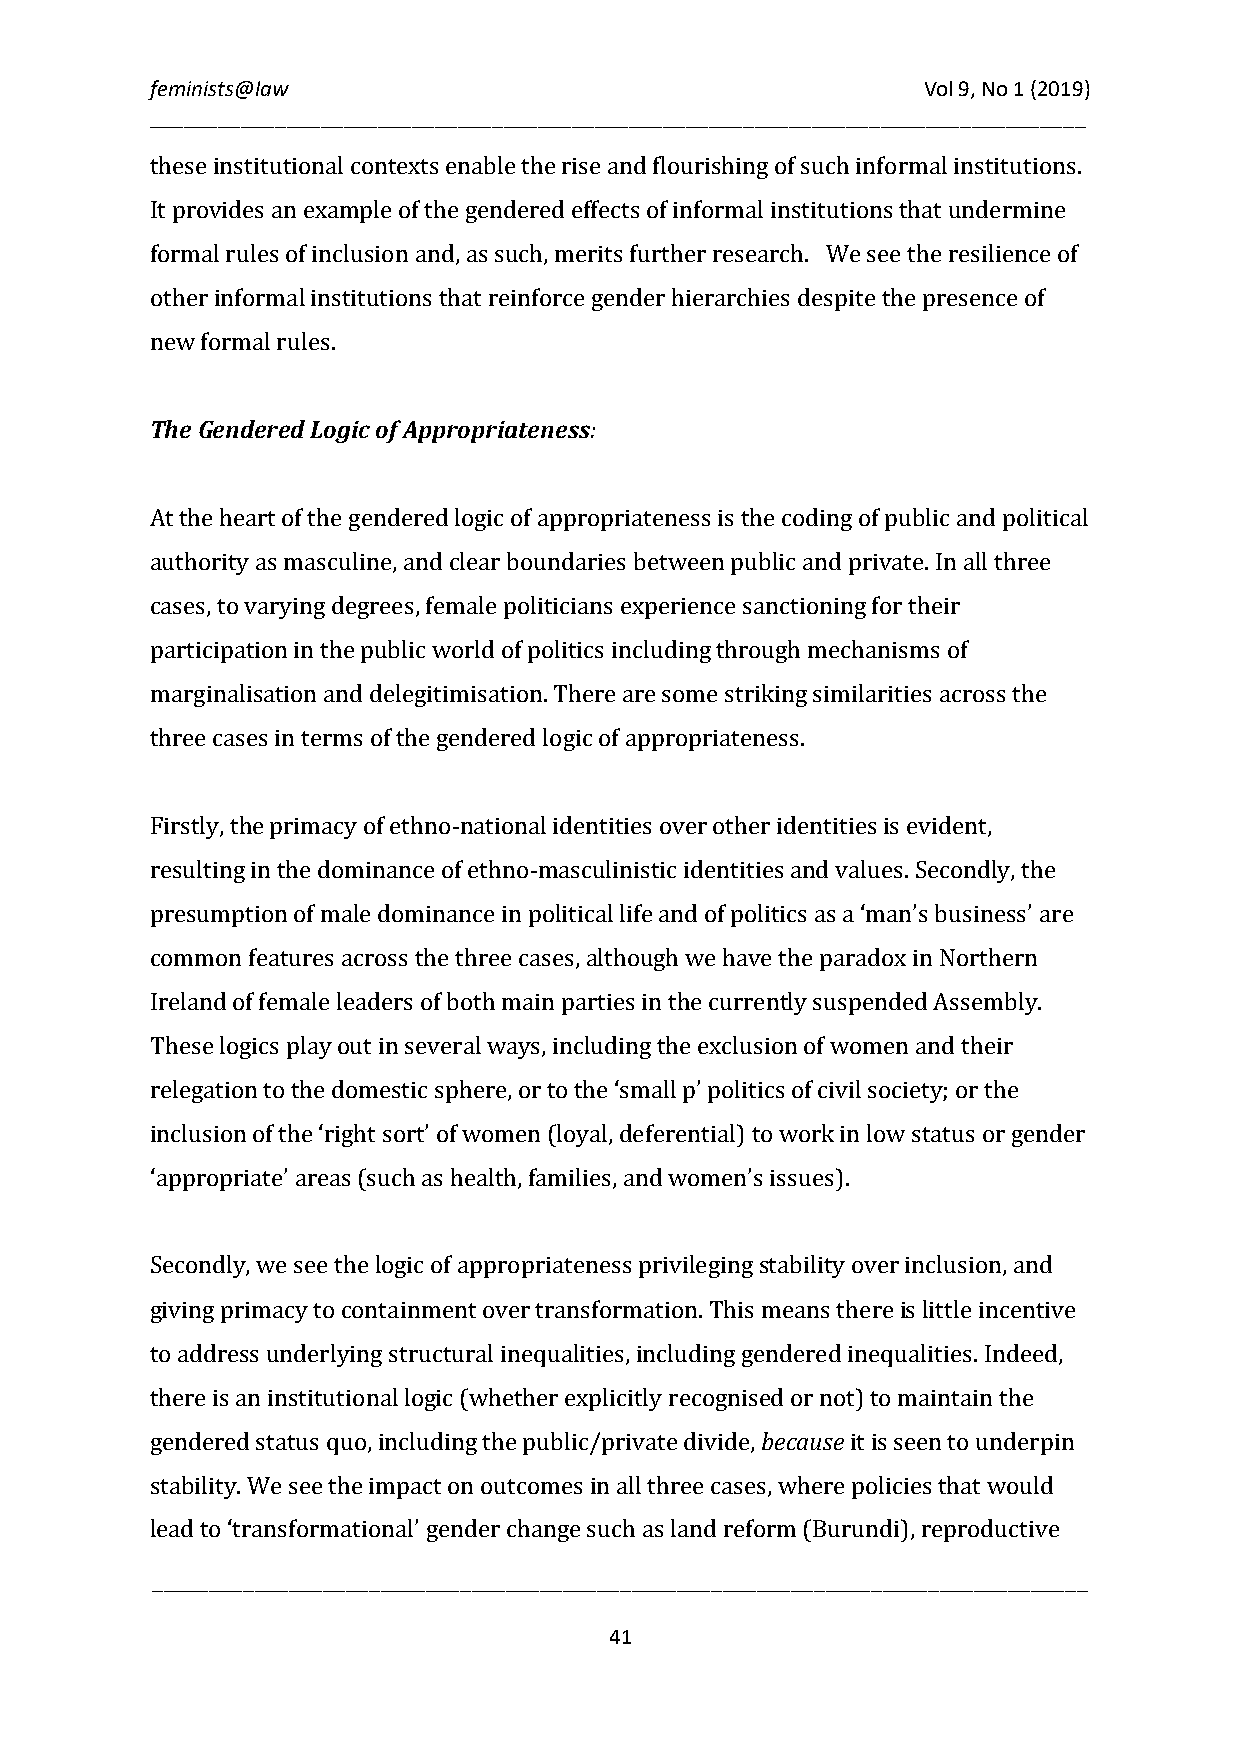
feminists@law                                      Vol 9, No 1 (2019)
 __________________________________________________________________________________
 these institutional contexts enable the rise and flourishing of such informal institutions.
 It provides an example of the gendered effects of informal institutions that undermine
 formal rules of inclusion and, as such, merits further research. We see the resilience of
 other informal institutions that reinforce gender hierarchies despite the presence of
 new formal rules.
 The Gendered Logic of Appropriateness:
 At the heart of the gendered logic of appropriateness is the coding of public and political
 authority as masculine, and clear boundaries between public and private. In all three
 cases, to varying degrees, female politicians experience sanctioning for their
 participation in the public world of politics including through mechanisms of
 marginalisation and delegitimisation. There are some striking similarities across the
 three cases in terms of the gendered logic of appropriateness.
 Firstly, the primacy of ethno-national identities over other identities is evident,
 resulting in the dominance of ethno-masculinistic identities and values. Secondly, the
 presumption of male dominance in political life and of politics as a ‘man’s business’ are
 common features across the three cases, although we have the paradox in Northern
 Ireland of female leaders of both main parties in the currently suspended Assembly.
 These logics play out in several ways, including the exclusion of women and their
 relegation to the domestic sphere, or to the ‘small p’ politics of civil society; or the
 inclusion of the ‘right sort’ of women (loyal, deferential) to work in low status or gender
 ‘appropriate’ areas (such as health, families, and women’s issues).
 Secondly, we see the logic of appropriateness privileging stability over inclusion, and
 giving primacy to containment over transformation. This means there is little incentive
 to address underlying structural inequalities, including gendered inequalities. Indeed,
 because
 there is an institutional logic (whether explicitly recognised or not) to maintain the
 gendered status quo, including the public/private divide, it is seen to underpin
 stability. We see the impact on outcomes in all three cases, where policies that would
 l_e_a_d_ _to__ ‘_tr_a_n__sf_o_r_m__a_t_io__n_a_l_’ g__e_n_d_e_r_ c_h__a_n_g_e_ _s_u_c_h_ a__s _l_a_n_d_ r_e_f_o_r_m__ (_B__u_r_u_n_d_i_)_, _r_e_p_r_o_d_u__ct_i_v_e_ __
 41